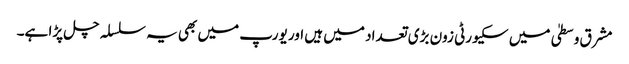
مشرق وسطیٰ میں سکیورٹی زون بڑی تعداد میں ہیں اور یورپ میں بھی یہ سلسلہ چل پڑا ہے۔